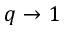
q \to 1